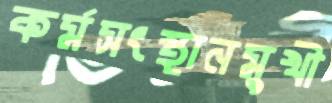
কর্মসংস্থানমুখী